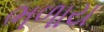
ભળાય